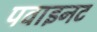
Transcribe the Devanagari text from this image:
पवाइनट